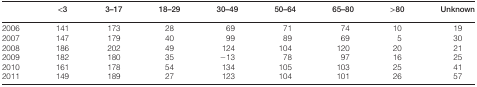
<table><thead><tr><td></td><td><b>&lt;3</b></td><td><b>3–17</b></td><td><b>18–29</b></td><td><b>30–49</b></td><td><b>50–64</b></td><td><b>65–80</b></td><td><b>&gt;80</b></td><td><b>Unknown</b></td></tr></thead><tbody><tr><td>2006</td><td>141</td><td>173</td><td>28</td><td>69</td><td>71</td><td>74</td><td>10</td><td>19</td></tr><tr><td>2007</td><td>147</td><td>179</td><td>40</td><td>99</td><td>89</td><td>69</td><td>5</td><td>30</td></tr><tr><td>2008</td><td>186</td><td>202</td><td>49</td><td>124</td><td>104</td><td>120</td><td>20</td><td>21</td></tr><tr><td>2009</td><td>182</td><td>180</td><td>35</td><td>−13</td><td>78</td><td>97</td><td>16</td><td>25</td></tr><tr><td>2010</td><td>161</td><td>178</td><td>54</td><td>134</td><td>105</td><td>103</td><td>25</td><td>41</td></tr><tr><td>2011</td><td>149</td><td>189</td><td>27</td><td>123</td><td>104</td><td>101</td><td>26</td><td>57</td></tr></tbody></table>